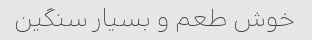
خوش طعم و بسیار سنگین